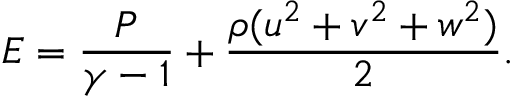
E = \frac { P } { \gamma - 1 } + \frac { \rho ( u ^ { 2 } + v ^ { 2 } + w ^ { 2 } ) } { 2 } .